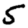
Digit: 5